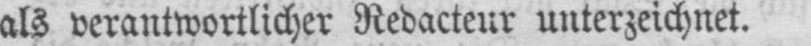
als verantwortlicher Redacteur unterzeichnet.